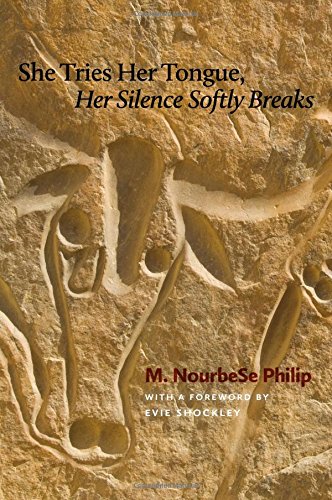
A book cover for She Tries Her Tongue, Her Silence Softly Breaks (Wesleyan Poetry Series); M. NourbeSe Philip; Literature & Fiction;